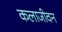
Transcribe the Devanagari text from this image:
कलाजीवन